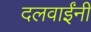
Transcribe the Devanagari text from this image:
दलवाईंनी